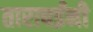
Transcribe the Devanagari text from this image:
ताराबईंनी